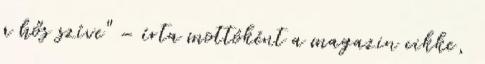
a hős szíve" – írta mottóként a magazin cikke,